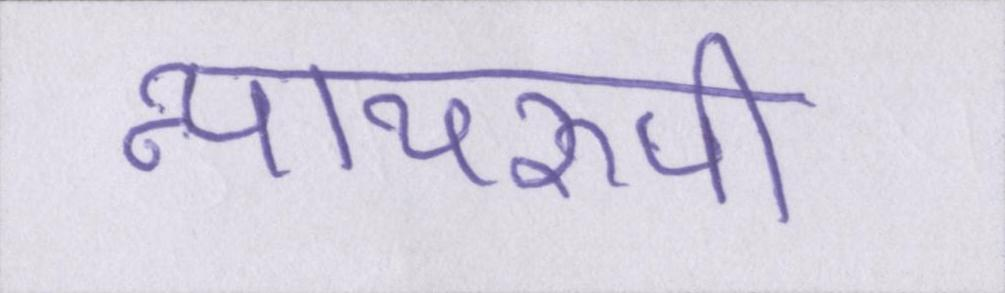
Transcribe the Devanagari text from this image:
न्यायरूपी